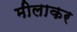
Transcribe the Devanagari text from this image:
मीलाकर